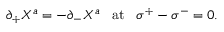
\partial _ { + } X ^ { a } = - \partial _ { - } X ^ { a } \; \; \; \mathrm { a t } \; \; \; \sigma ^ { + } - \sigma ^ { - } = 0 .